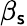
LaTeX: \beta_{\mathsf{s}}